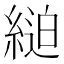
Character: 𦂸